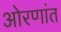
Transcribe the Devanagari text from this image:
ओरणांत